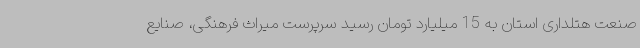
صنعت هتلداری استان به 15 میلیارد تومان رسید سرپرست میراث فرهنگی، صنایع